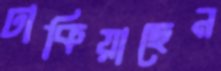
ঢাকিয়াছেন